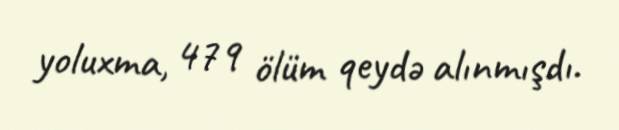
yoluxma, 479 ölüm qeydə alınmışdı.